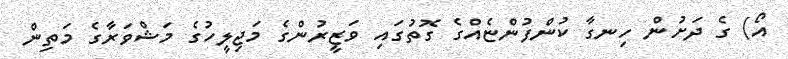
އޯ) ގެ ދަށުން ހިނގާ ކުންފުންޏެއްގެ ގޮތުގައި ވަޒީރުންގެ މަޖިލީހުގެ މަޝްވަރާގެ މަތިން